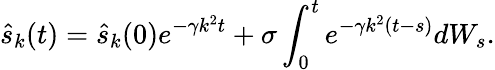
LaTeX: \hat{s}_{k}(t)=\hat{s}_{k}(0)e^{-\gamma k^{2}t}+\sigma\int_{0}^{t}e^{-\gamma k^{2}(t-s)}dW_{s}.